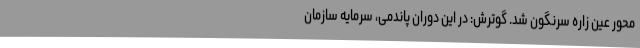
محور عین زاره سرنگون شد. گوترش: در این دوران پاندمی، سرمایه سازمان